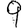
Digit: 9